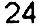
24